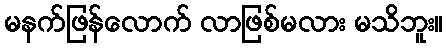
မနက်ဖြန်လောက် လာဖြစ်မလား မသိဘူး။